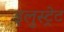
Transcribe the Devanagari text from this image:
इलुस्ट्रेट